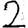
Digit: 2